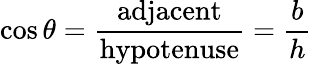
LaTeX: \cos\theta={\frac{\mathrm{adjacent}}{\mathrm{hypotenuse}}}={\frac{b}{h}}